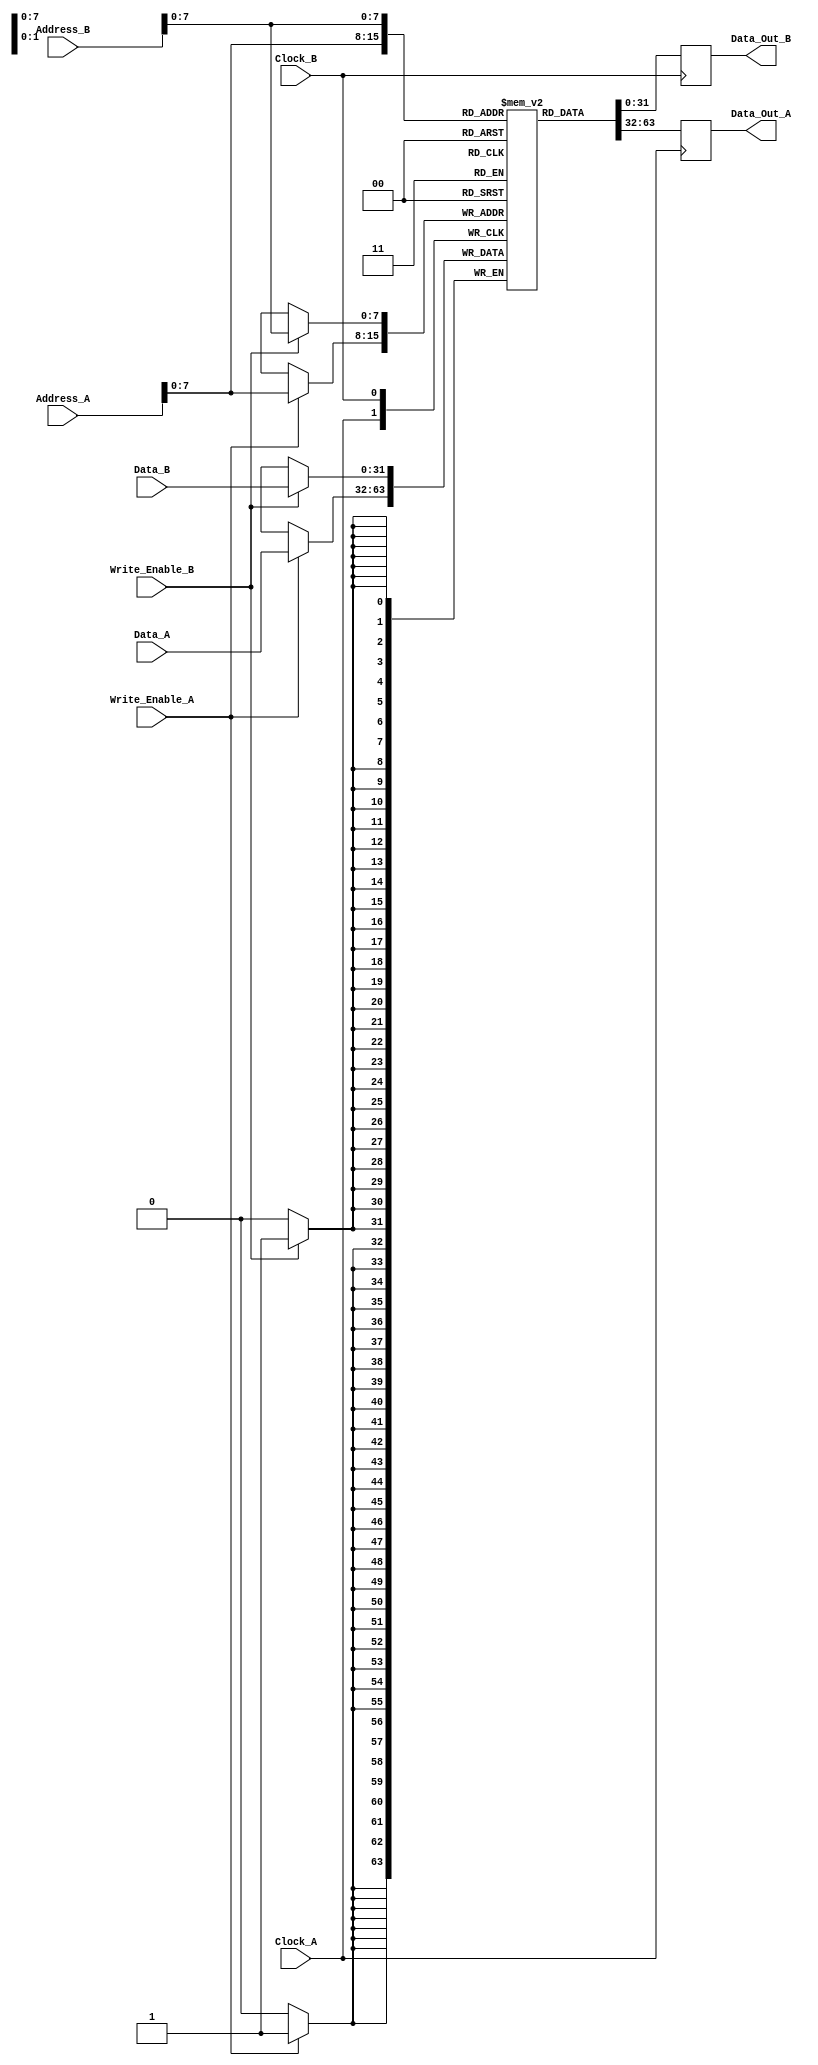
module dual_port_ram #(
    parameter N = 256,  // Number of memory words
    parameter M = 32    // Width of each memory word
) (
    input wire [N-1:0] Address_A,   // Address for Port A
    input wire [M-1:0] Data_A,       // Data input for Port A
    input wire Write_Enable_A,        // Write enable for Port A
    input wire Clock_A,               // Clock for Port A
    output reg [M-1:0] Data_Out_A,   // Data output for Port A

    input wire [N-1:0] Address_B,   // Address for Port B
    input wire [M-1:0] Data_B,       // Data input for Port B
    input wire Write_Enable_B,        // Write enable for Port B
    input wire Clock_B,               // Clock for Port B
    output reg [M-1:0] Data_Out_B    // Data output for Port B
);

    // Memory array
    reg [M-1:0] memory [0:N-1];

    // Synchronous read and write for Port A
    always @(posedge Clock_A) begin
        if (Write_Enable_A) begin
            memory[Address_A] <= Data_A; // Write data on write enable
        end
        Data_Out_A <= memory[Address_A]; // Read data
    end

    // Synchronous read and write for Port B
    always @(posedge Clock_B) begin
        if (Write_Enable_B) begin
            memory[Address_B] <= Data_B; // Write data on write enable
        end
        Data_Out_B <= memory[Address_B]; // Read data
    end

endmodule